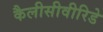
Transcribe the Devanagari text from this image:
कैलीसीवीरिडे